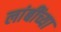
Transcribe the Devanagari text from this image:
लांबींच्या